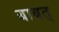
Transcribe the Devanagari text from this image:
बाबत्